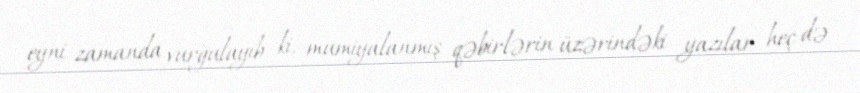
eyni zamanda vurğulayıb ki, mumiyalanmış qəbirlərin üzərindəki yazılar heç də